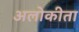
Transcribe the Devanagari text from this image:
अलोकीता